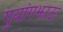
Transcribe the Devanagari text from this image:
गुयांगझाऊ